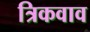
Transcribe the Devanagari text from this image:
त्रिकवाव